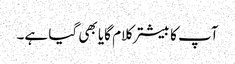
آپ کا بیشتر کلام گایا بھی گیا ہے۔